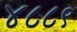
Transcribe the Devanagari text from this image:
४८८९